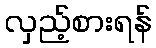
လှည့်စားရန်